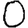
Digit: 0